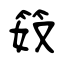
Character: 笯